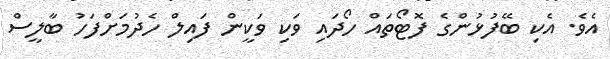
އެވެ. އެކި ބޭފުޅުންގެ ފޮޓޯތައް ހޯދައި ވަކި ވަކީން ފައިލް ހެދުމަށްފަހު ބާލީސް